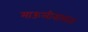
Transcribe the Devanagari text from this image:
माऊलीनामात